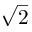
\sqrt { 2 }